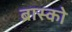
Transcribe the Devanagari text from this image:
ब्रास्को